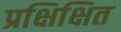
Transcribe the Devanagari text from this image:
प्रक्षिक्षित